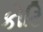
કોટિ